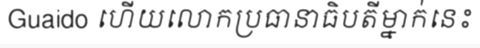
Guaido ហើយលោកប្រធានាធិបតីម្នាក់នេះ